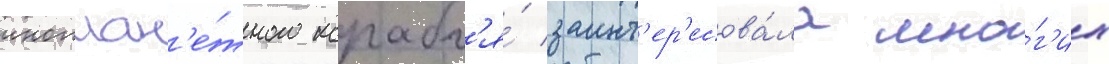
иноплан'е́тного корабл'я́ заинт'ер'есова́ла мно́г'их